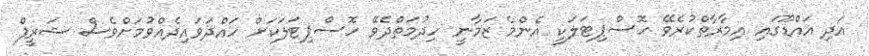
އަދި އައްޑޫގައި އިމާރާތްކުރެވޭ ހޮސްޕިޓަލަކީ އެންމެ ޒަމާނީ ހިދުމަތްދެވޭ ހޮސްޕިޓަލަކަށް ހައްދަވައިދެއްވުމަށްވެސް ޝަރީފް